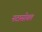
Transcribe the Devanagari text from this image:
नटासोबत